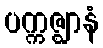
ပက္ကဇ္ဈာနံ